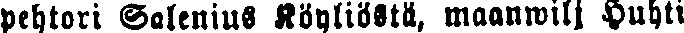
pehtori Salenius Köyliöstä, maanwilj Huhti